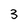
Character: 3